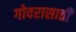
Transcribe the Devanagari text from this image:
गोवरासाठी